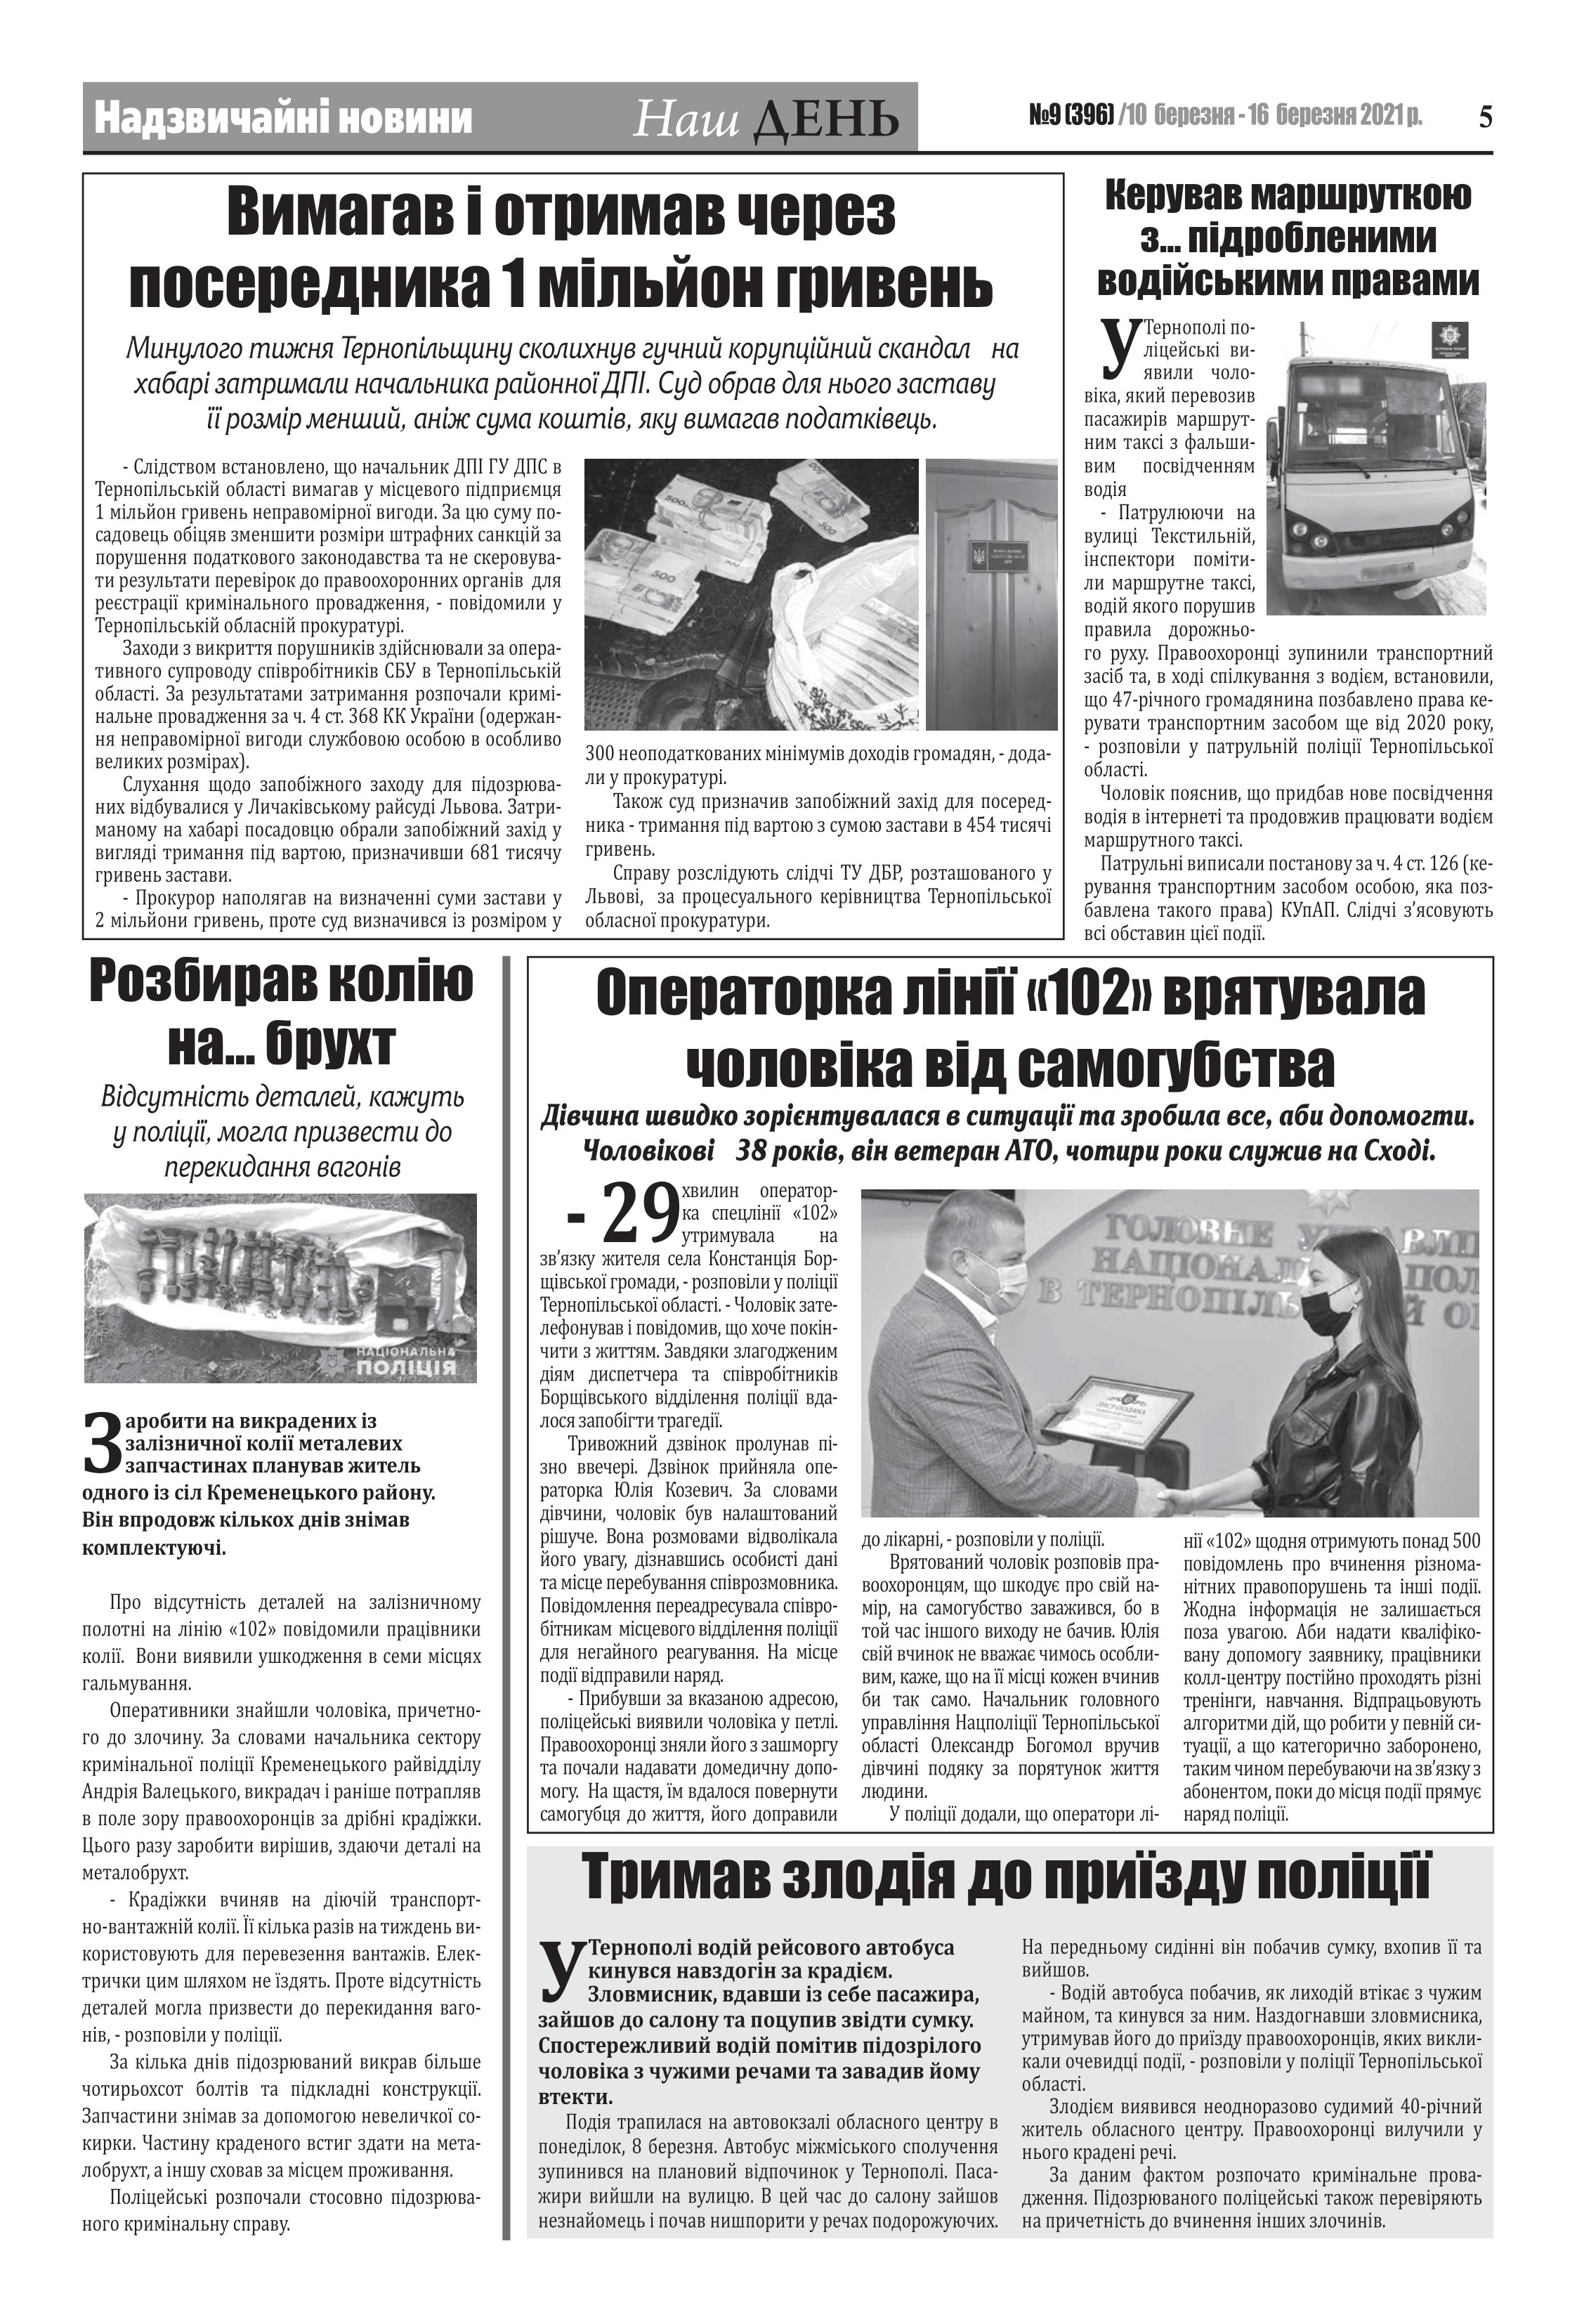
Language: uk